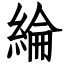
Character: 綸